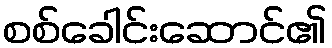
စစ်ခေါင်းဆောင်၏